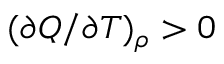
( \partial Q / \partial T ) _ { \rho } > 0